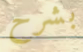
بشرح